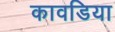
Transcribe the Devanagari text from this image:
कावडिया